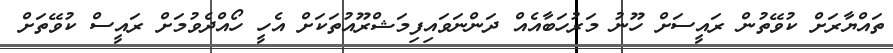
ތައްޔާރަށް ކުވޭތުން ރައީސަށް ހޫނު މަރުހަބާއެއް ދަންނަވައިފިމަޝްރޫއުތަކަށް އެހީ ހޯއްދެވުމަށް ރައީސް ކުވޭތަށް